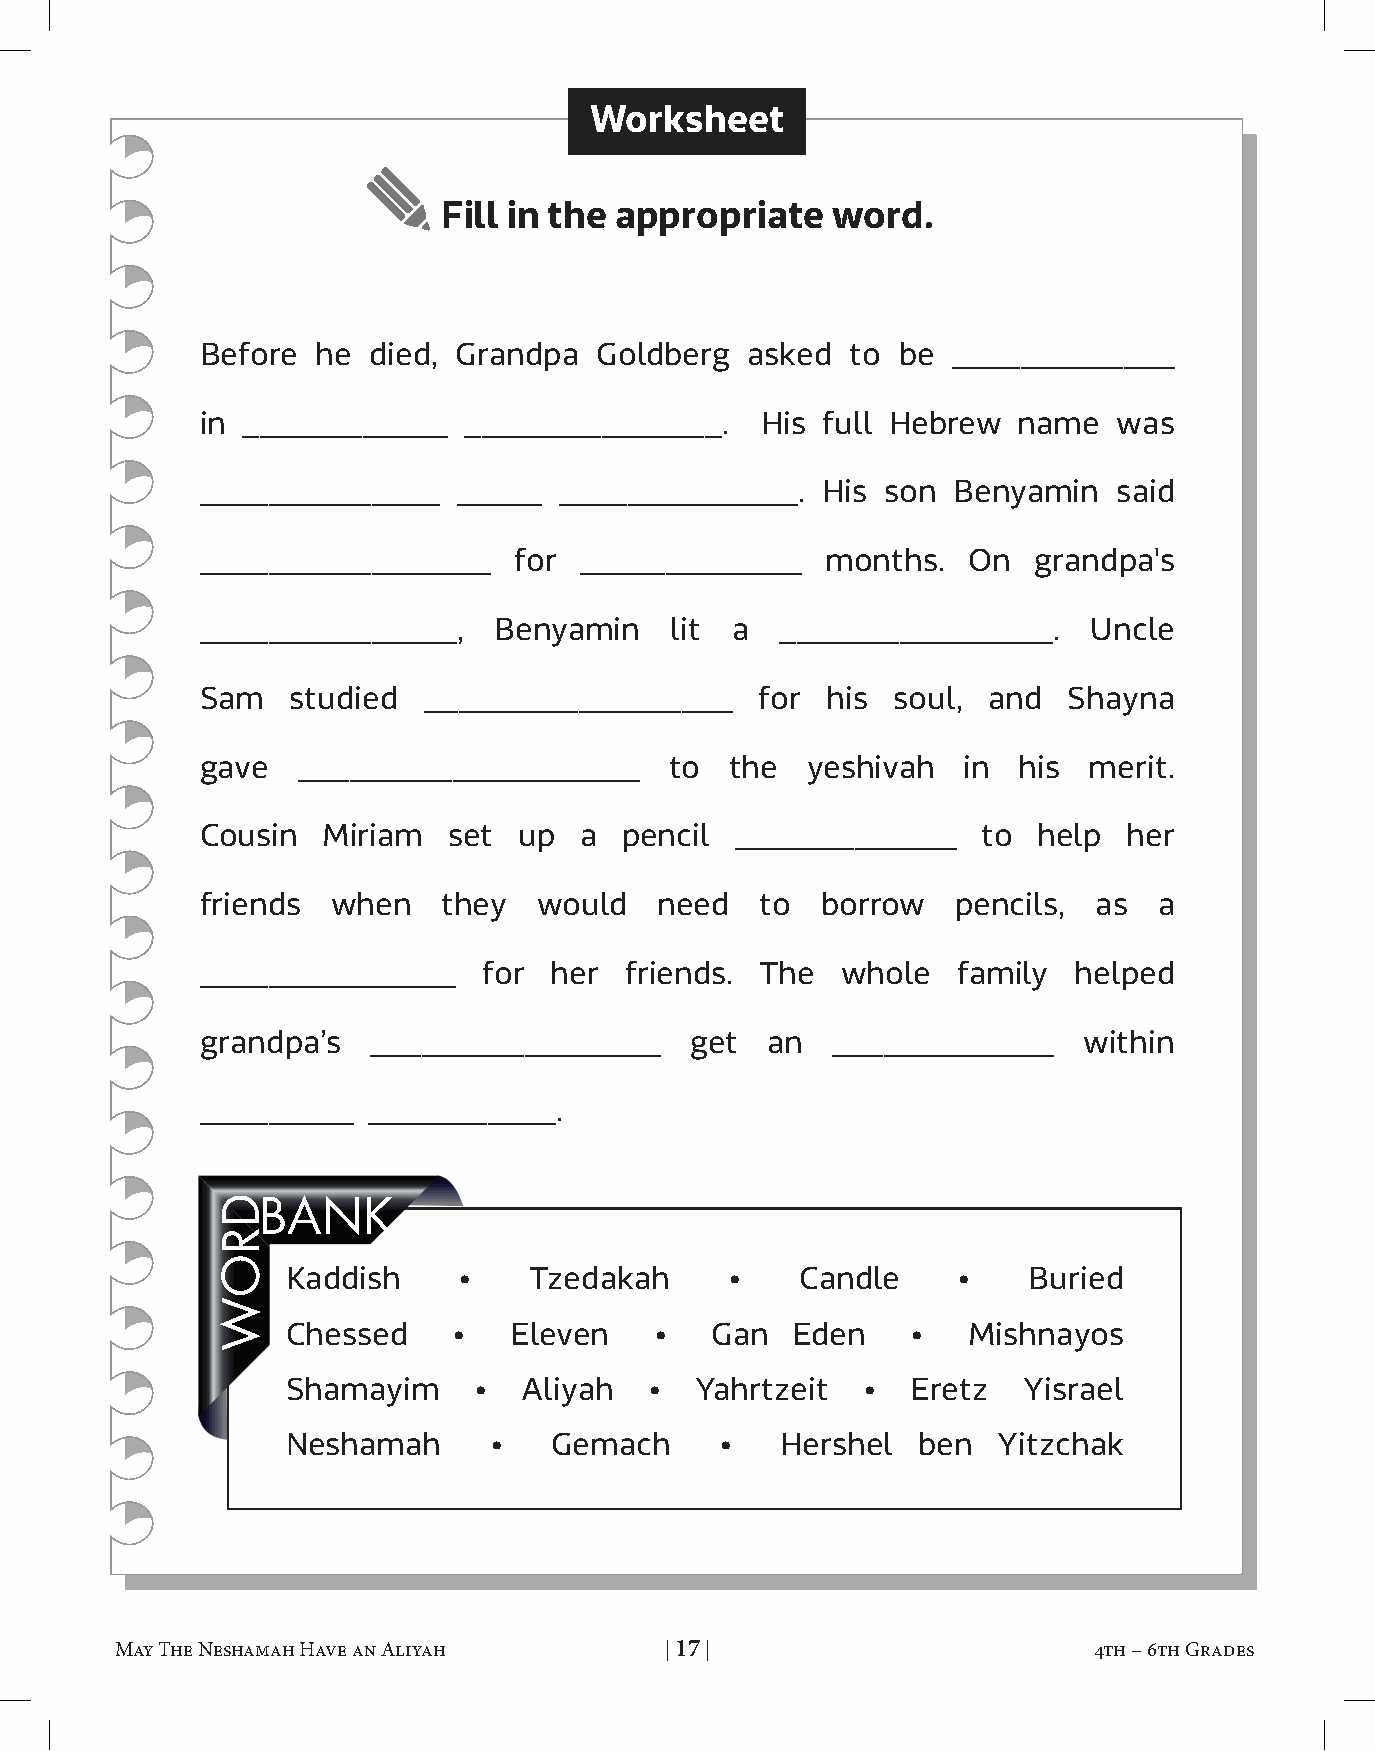
Worksheet
 fill in the appropriate   word.
 Before  he died, Grandpa  Goldberg  asked  to be  _____________
 in ____________   _______________.   His full Hebrew  name   was
 ______________   _____  ______________.  His  son Benyamin   said
 _________________    for _____________    months.  On  grandpa's
 _______________,    Benyamin   lit a   ________________.   Uncle
 Sam   studied  __________________    for  his soul, and   Shayna
 gave   ____________________    to  the  yeshivah   in his  merit.
 Cousin  Miriam   set up  a  pencil  _____________   to  help  her
 friends  when   they   would   need  to  borrow   pencils,  as  a
 _______________    for  her friends. The   whole  family  helped
 grandpa’s   _________________    get  an  _____________    within
 _________  ___________.
 BANK
 Kaddish    •    Tzedakah     •    Candle    •    Buried
 Chessed    •   Eleven   •   Gan  Eden    •   Mishnayos
 Shamayim    •   Aliyah  •  Yahrtzeit  •  Eretz   Yisrael
 Neshamah      •   Gemach     •   Hershel  ben  Yitzchak
 May The Neshamah Have an Aliyah     | 17 |                      4th – 6th Grades    May The Neshamah Have an Aliyah     | 18 |                       4th – 6th Grades
 DROW